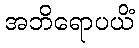
အဘိရောပယိံ